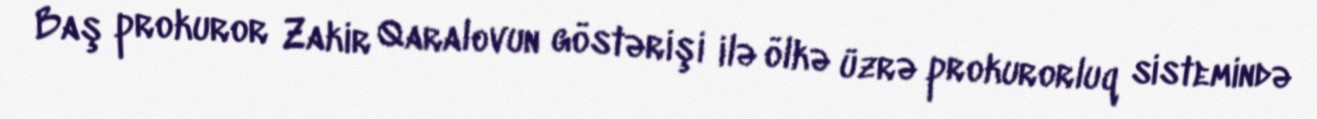
Baş prokuror Zakir Qaralovun göstərişi ilə ölkə üzrə prokurorluq sistemində